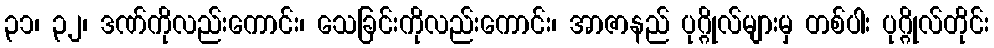
၃၁၊ ၃၂၊ ဒဏ်ကိုလည်းကောင်း၊ သေခြင်းကိုလည်းကောင်း၊ အာဇာနည် ပုဂ္ဂိုလ်များမှ တစ်ပါး ပုဂ္ဂိုလ်တိုင်း